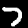
Digit: 7